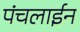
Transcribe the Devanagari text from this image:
पंचलाईन